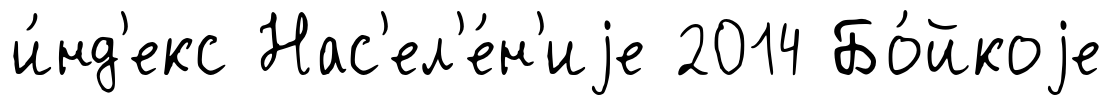
и́нд'екс Нас'ел'е́н'иjе 2014 Бо́йкоjе